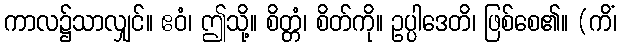
ကာလ၌သာလျှင်။ ဧဝံ၊ ဤသို့။ စိတ္တံ၊ စိတ်ကို။ ဥပ္ပါဒေတိ၊ ဖြစ်စေ၏။ (ကိံ၊